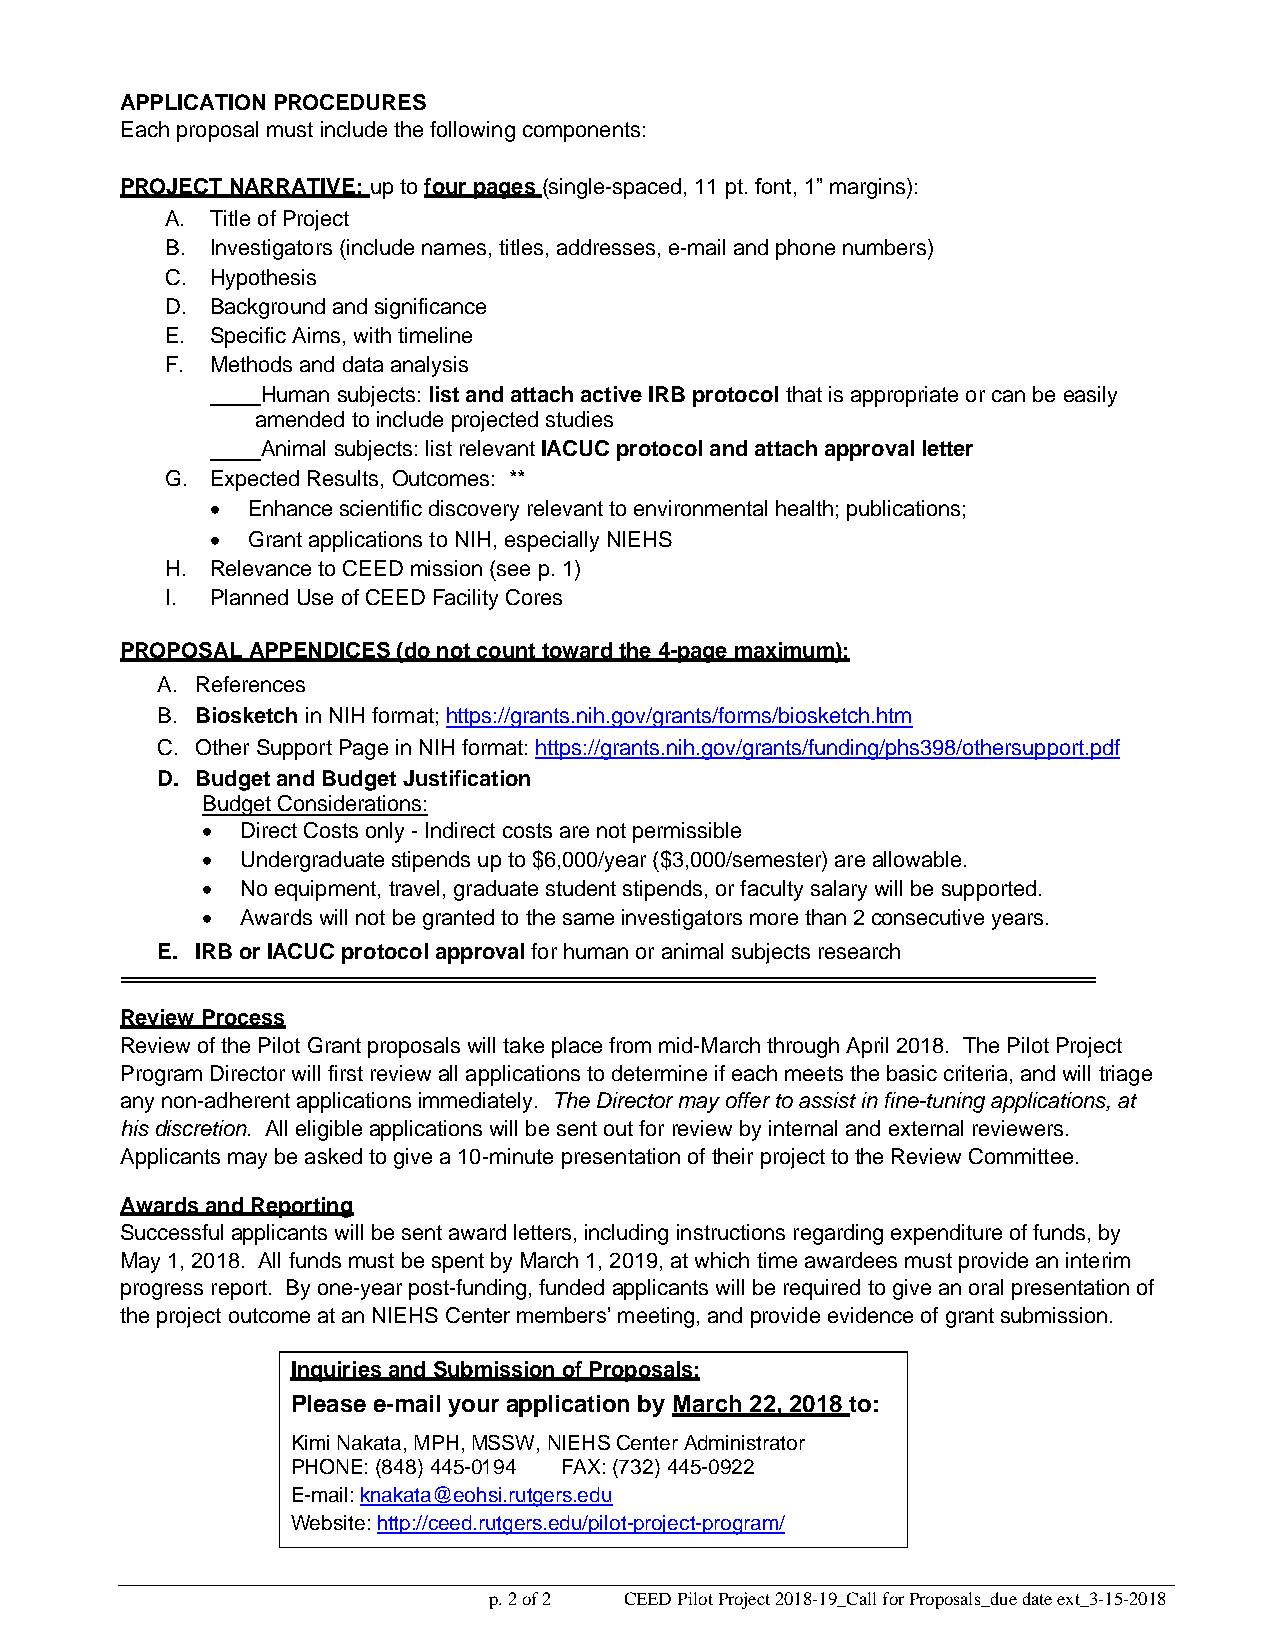
APPLICATION PROCEDURES
 Each proposal must include the following components:
 PROJECT NARRATIVE: up to four pages (single-spaced, 11 pt. font, 1” margins):
 A. Title of Project
 B. Investigators (include names, titles, addresses, e-mail and phone numbers)
 C. Hypothesis
 D. Background and significance
 E. Specific Aims, with timeline
 F. Methods and data analysis
 Human subjects: list and attach active IRB protocol that is appropriate or can be easily
 amended to include projected studies
 Animal subjects: list relevant IACUC protocol and attach approval letter
 G. Expected Results, Outcomes: **
 • Enhance scientific discovery relevant to environmental health; publications;
 • Grant applications to NIH, especially NIEHS
 H. Relevance to CEED mission (see p. 1)
 I. Planned Use of CEED Facility Cores
 PROPOSAL APPENDICES (do not count toward the 4-page maximum):
 A. References
 B. Biosketch in NIH format; https://grants.nih.gov/grants/forms/biosketch.htm
 C. Other Support Page in NIH format: https://grants.nih.gov/grants/funding/phs398/othersupport.pdf
 D. Budget and Budget Justification
 Budget Considerations:
 •  Direct Costs only - Indirect costs are not permissible
 •  Undergraduate stipends up to $6,000/year ($3,000/semester) are allowable.
 •  No equipment, travel, graduate student stipends, or faculty salary will be supported.
 •  Awards will not be granted to the same investigators more than 2 consecutive years.
 E. IRB or IACUC protocol approval for human or animal subjects research
 Review Process
 Review of the Pilot Grant proposals will take place from mid-March through April 2018. The Pilot Project
 Program Director will first review all applications to determine if each meets the basic criteria, and will triage
 any non-adherent applications immediately. The Director may offer to assist in fine-tuning applications, at
 his discretion. All eligible applications will be sent out for review by internal and external reviewers.
 Applicants may be asked to give a 10-minute presentation of their project to the Review Committee.
 Awards and Reporting
 Successful applicants will be sent award letters, including instructions regarding expenditure of funds, by
 May 1, 2018. All funds must be spent by March 1, 2019, at which time awardees must provide an interim
 progress report. By one-year post-funding, funded applicants will be required to give an oral presentation of
 the project outcome at an NIEHS Center members’ meeting, and provide evidence of grant submission.
 Inquiries and Submission of Proposals:
 Please e-mail your application by March 22, 2018 to:
 Kimi Nakata, MPH, MSSW, NIEHS Center Administrator
 PHONE: (848) 445-0194 FAX: (732) 445-0922
 E-mail: knakata@eohsi.rutgers.edu
 Website: http://ceed.rutgers.edu/pilot-project-program/
 p. 2 of 2 CEED Pilot Project 2018-19_Call for Proposals_due date ext_3-15-2018